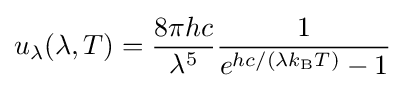
u_{\lambda }(\lambda ,T)={\frac {8\pi hc}{\lambda ^{5}}}{\frac {1}{e^{hc/(\lambda k_{\mathrm {B} }T)}-1}}